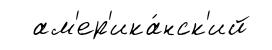
ам'ер'ика́нск'ий